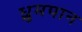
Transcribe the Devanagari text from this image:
ध्रुमपान